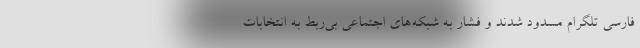
فارسي تلگرام مسدود شدند و فشار به شبكه‌هاي اجتماعي بي‌ربط به انتخابات